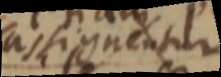
assignentur